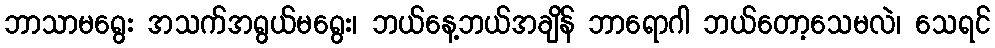
ဘာသာမရွေး အသက်အရွယ်မရွေး၊ ဘယ်နေ့ဘယ်အချိန် ဘာရောဂါ ဘယ်တော့သေမလဲ၊ သေရင်